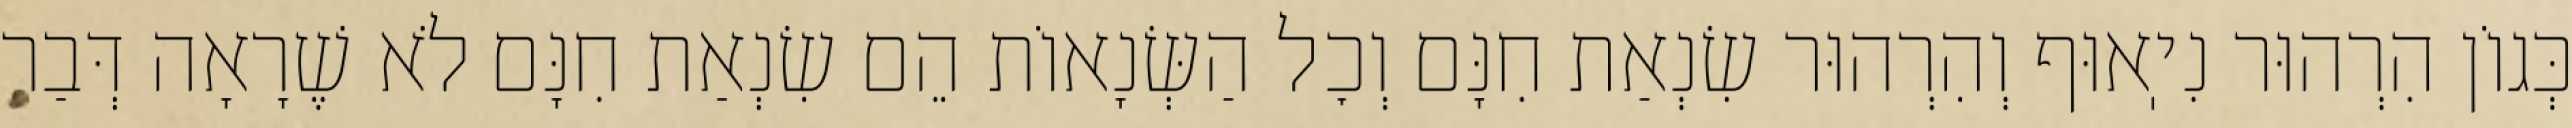
כְּגוֹן הִרְהוּר נִיֽאוּף וְהִרְהוּר שִׂנְאַת חִנָּם וְכׇל הַשְּׂנָאוֹת הֵם שִׂנְאַת חִנָּם לֹא שֶׁרָאָה דְּבַר